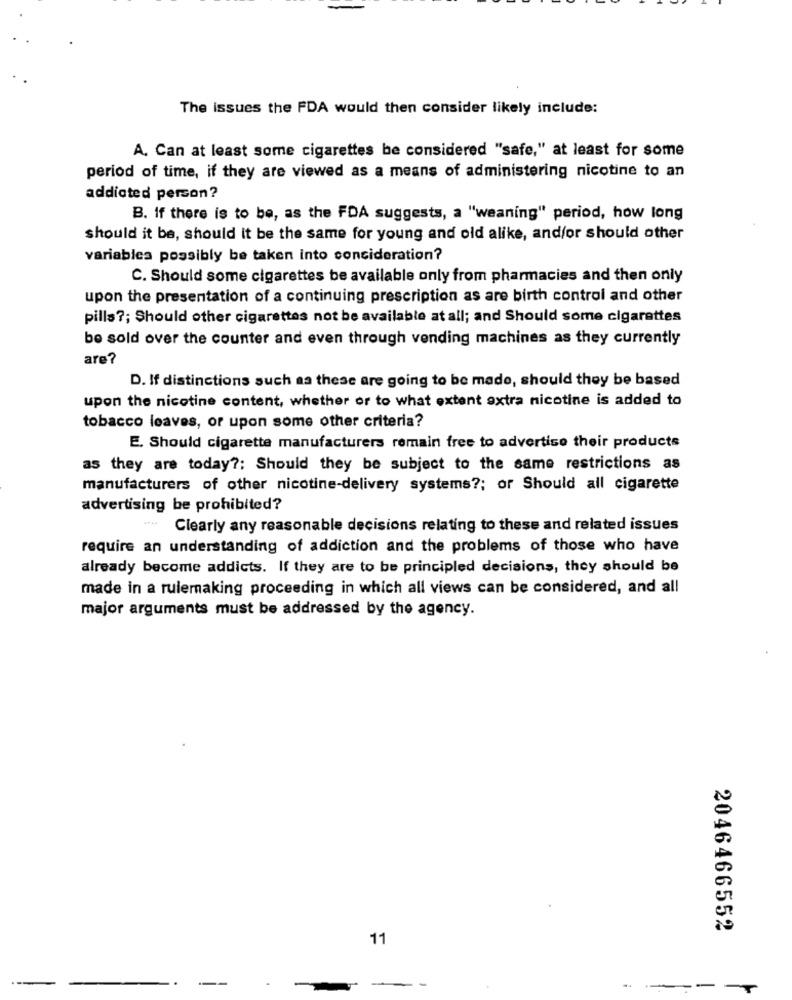
The issues the FDA would then consider likely include:
A. Can at least some cigarettes be considered "safe," at least for some
period of time, if they are viewed as a means of administering nicotine to an
addicted person?
B. If there is to be, as the FDA suggests, a "weaning" period, how long
should it be, should it be the same for young and old alike, and/or should other
variables possibly be taken into consideration?
C. Should some cigarettes be available only from pharmacies and then only
upon the presentation of a continuing prescription as are birth control and other
pills ?; Should other cigarettes not be available at all; and Should some cigarettes
be sold over the counter and even through vending machines as they currently
are?
D. If distinctions such as these are going to be made, should they be based
upon the nicotine content, whether or to what extent extra nicotine is added to
tobacco leaves, or upon some other criteria?
E. Should cigarette manufacturers remain free to advertise their products
as they are today ?; Should they be subject to the same restrictions as
manufacturers of other nicotine-delivery systems ?; or Should all cigarette
advertising be prohibited?
Clearly any reasonable decisions relating to these and related issues
require an understanding of addiction and the problems of those who have
already become addicts. If they are to be principled decisions, they should be
made in a rulemaking proceeding in which all views can be considered, and all
major arguments must be addressed by the agency.
2046466552
11
--